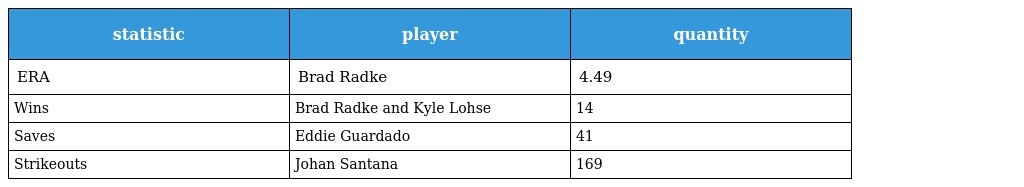
| statistic | player | quantity |
 | --- | --- | --- |
 | ERA | Brad Radke | 4.49 |
 | Wins | Brad Radke and Kyle Lohse | 14 |
 | Saves | Eddie Guardado | 41 |
 | Strikeouts | Johan Santana | 169 |